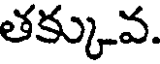
తక్కువ.